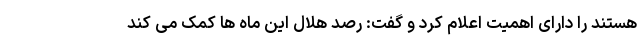
هستند را دارای اهمیت اعلام کرد و گفت: رصد هلال این ماه ها کمک می کند